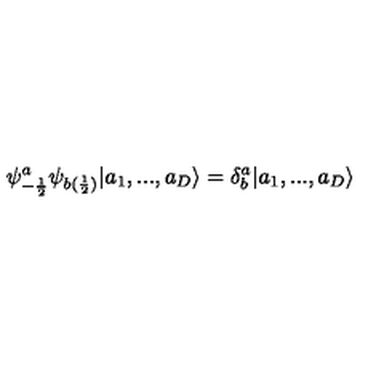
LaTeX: \psi _ { - \frac { 1 } { 2 } } ^ { a } \psi _ { b ( \frac { 1 } { 2 } ) } | a _ { 1 } , . . . , a _ { D } \rangle = \delta _ { b } ^ { a } | a _ { 1 } , . . . , a _ { D } \rangle